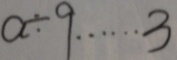
a \div 9 \cdots 3